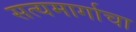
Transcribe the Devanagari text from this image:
सत्यमार्गाचा